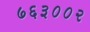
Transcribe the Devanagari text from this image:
७६३००२